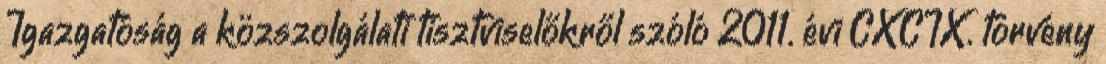
Igazgatóság a közszolgálati tisztviselőkről szóló 2011. évi CXCIX. törvény